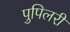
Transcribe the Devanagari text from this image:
पुपिलरी